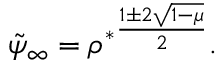
\tilde { \psi } _ { \infty } = { \rho ^ { * } } ^ { \frac { 1 \pm 2 \sqrt { 1 - \mu } } { 2 } } .